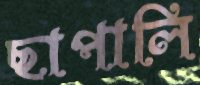
ছাপালি